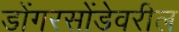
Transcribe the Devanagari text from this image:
डोंगरसोंडेवरील